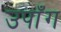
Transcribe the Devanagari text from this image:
उपाँग